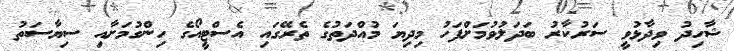
ޝާހިދު ވިދާޅުވީ ސަރުކާރު ބަދަލުވުމަށްފަހު މިދިޔަ މުއްދަތުގެ ތެރޭގައި އެސްޓީއޯގެ ހިންގުމަށާއި ސިޔާސަތު